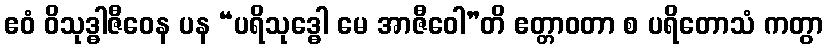
ဧဝံ ဝိသုဒ္ဓါဇီဝေန ပန “ပရိသုဒ္ဓေါ မေ အာဇီဝေါ”တိ ဧတ္တာဝတာ စ ပရိတောသံ ကတွာ